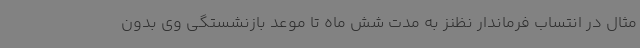
مثال در انتساب فرماندار نظنز به مدت شش ماه تا موعد بازنشستگی وی بدون